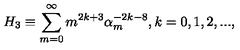
H _ { 3 } \equiv \sum _ { m = 0 } ^ { \infty } m ^ { 2 k + 3 } \alpha _ { m } ^ { - 2 k - 8 } , k = 0 , 1 , 2 , . . . ,